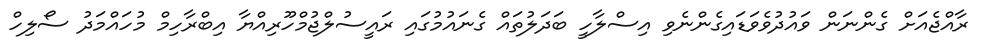
ރާއްޖެއަށް ގެންނަން ވައުދުވެވަޑައިގެންނެވި އިސްލާހީ ބަދަލުތައް ގެނައުމުގައި ރައީސުލްޖުމްހޫރިއްޔާ އިބްރާހިމް މުހައްމަދު ސޯލިހް